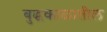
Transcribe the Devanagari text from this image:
बुद्धकाळातील